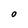
Character: O